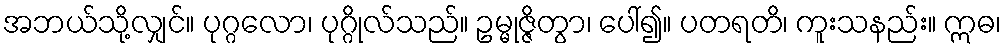
အဘယ်သို့လျှင်။ ပုဂ္ဂလော၊ ပုဂ္ဂိုလ်သည်။ ဥမ္မုဇ္ဇိတွာ၊ ပေါ်၍။ ပတရတိ၊ ကူးသနည်း။ ဣဓ၊